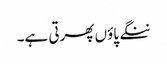
ننگے پاؤں پھرتی ہے۔